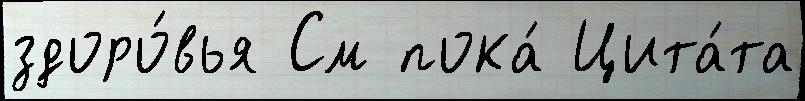
здоро́вья См пока́ Цита́та